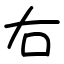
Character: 右